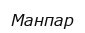
Манпар